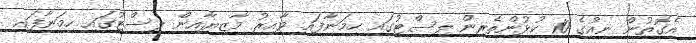
އެގޮތުން ނިއުގެ 10 ކުޅުންތެރިން ލިސްޓުގައި ހިމަނާފައި ވާއިރު މާޒިޔާއިން ލިސްޓުގައި ހިމަނާފައި